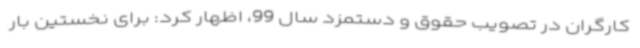
کارگران در تصویب حقوق و دستمزد سال 99، اظهار کرد: برای نخستین بار